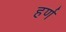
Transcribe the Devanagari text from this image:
हर्ण